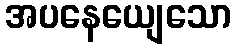
အပနေယျေသော